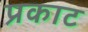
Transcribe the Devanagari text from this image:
प्रकाट